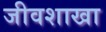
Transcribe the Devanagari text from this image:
जीवशाखा